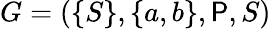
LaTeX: G=(\{ S\} ,\{ a,b\} ,\mathsf{P},S)